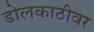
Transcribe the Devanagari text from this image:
डोलकाठीवर